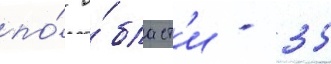
по́ о́бласт'и - 35